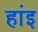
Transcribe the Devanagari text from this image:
हांइ